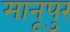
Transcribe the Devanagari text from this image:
मानूपुर